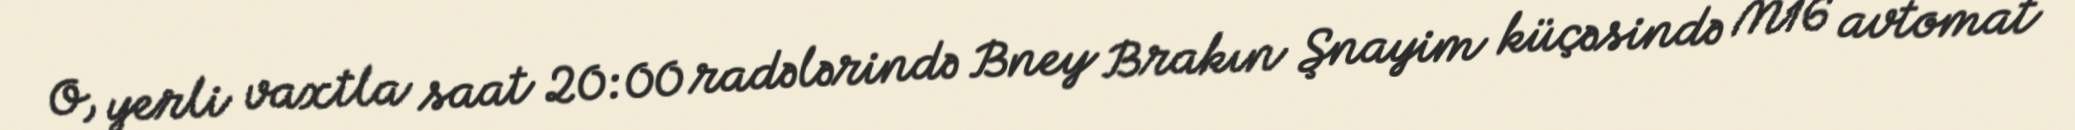
O, yerli vaxtla saat 20:00 radələrində Bney Brakın Şnayim küçəsində M16 avtomat